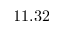
1 1 . 3 2